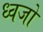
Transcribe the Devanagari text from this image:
ध्वजो